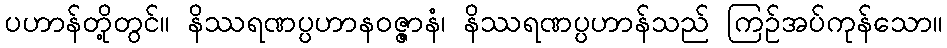
ပဟာန်တို့တွင်။ နိဿရဏပ္ပဟာနဝဇ္ဇာနံ၊ နိဿရဏပ္ပဟာန်သည် ကြဉ်အပ်ကုန်သော။